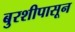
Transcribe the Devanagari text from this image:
बुरशीपासून